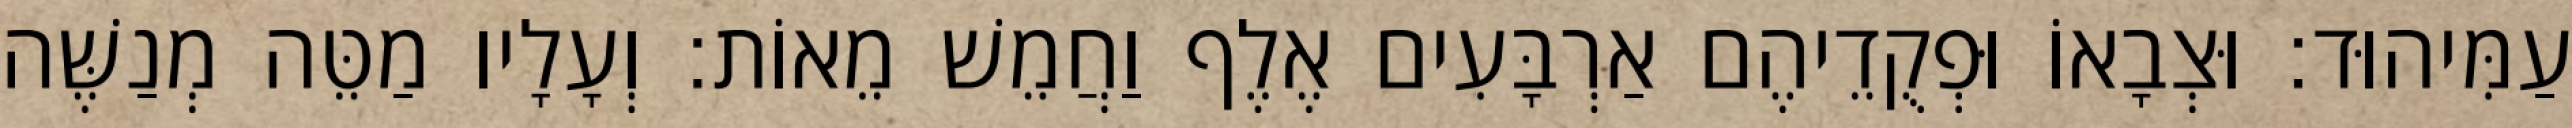
עַמִּיהוּד׃ וּצְבָאוֹ וּפְקֻדֵיהֶם אַרְבָּעִים אֶלֶף וַחֲמֵשׁ מֵאוֹת׃ וְעָלָיו מַטֵּה מְנַשֶּׁה